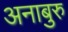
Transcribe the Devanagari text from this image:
अनाबुरु